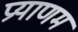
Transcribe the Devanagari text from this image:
प्रयाणम